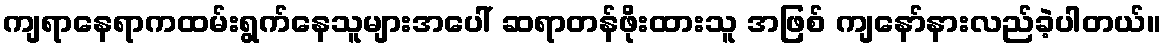
ကျရာနေရာကထမ်းရွက်နေသူများအပေါ် ဆရာတန်ဖိုးထားသူ အဖြစ် ကျနော်နားလည်ခဲ့ပါတယ်။